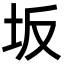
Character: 坂